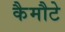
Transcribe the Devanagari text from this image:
कैमौटे